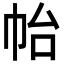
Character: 𭘚